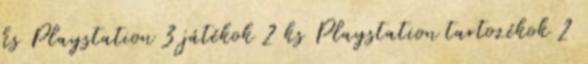
ks Playstation 3 játékok 2 ks Playstation tartozékok 2